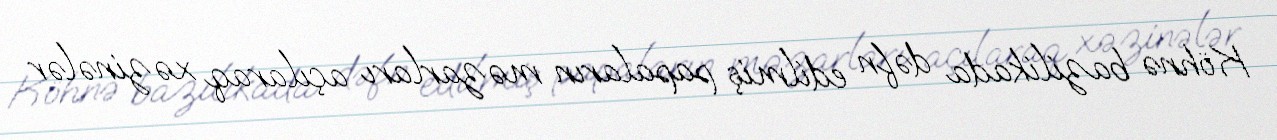
Köhnə bazilikada dəfn edilmiş papaların məzarları açılaraq xəzinələr